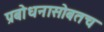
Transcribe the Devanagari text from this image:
प्रबोधनासोबतच